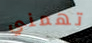
تهمني